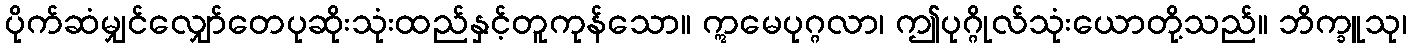
ပိုက်ဆံမျှင်လျှော်တေပုဆိုးသုံးထည်နှင့်တူကုန်သော။ ဣမေပုဂ္ဂလာ၊ ဤပုဂ္ဂိုလ်သုံးယောတို့သည်။ ဘိက္ခူသု၊